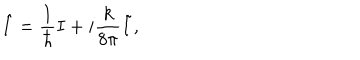
\hat { I } = { \frac { 1 } { \hbar } } I + i { \frac { k } { 8 \pi } } \tilde { I } ,